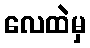
လေထဲမှ